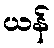
ယန်